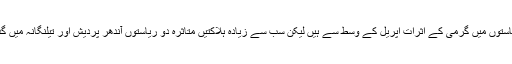
ہر چند کہ بھارت کی جنوبی ریاستوں میں گرمی کے اثرات اپریل کے وسط سے ہیں لیکن سب سے زیادہ ہلاکتیں متاثرہ دو ریاستوں آندھر پردیش اور تیلنگانہ میں گذشتہ ہفتے کے دوران ہوئی ہیں۔